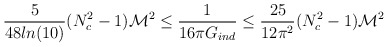
\begin{align*}{5\over{48 ln(10)}}(N_c^2-1){\cal M}^2\leq {1\over {16\pi G_{ind}}} \leq{25\over{12 \pi^2}}(N_c^2-1){\cal M}^2\end{align*}